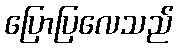
ပြောပြလေသည်